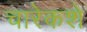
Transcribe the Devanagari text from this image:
चारेकशे